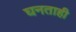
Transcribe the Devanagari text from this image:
घनताही